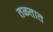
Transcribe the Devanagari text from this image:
तळतात